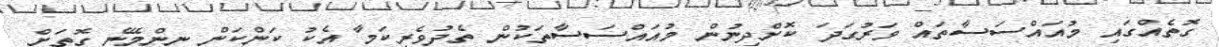
ގޮތެއްގައި މުއައްސަސާތައް ވަރުގަދަ ކޮށްދިނުން މުއައްސަސާތަކުން ތެދުވެރިކަމާ އެކު ކަންކަން ނިންމޭނެ ގޮތަށް